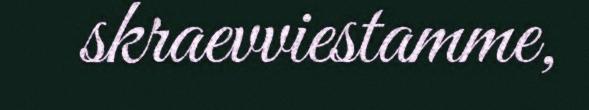
skraevviestamme,